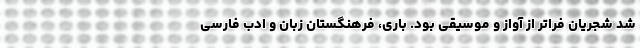
شد شجریان فراتر از آواز و موسیقی بود. باری، فرهنگستان زبان و ادب فارسی